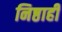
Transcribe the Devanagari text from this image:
निष्ठाही